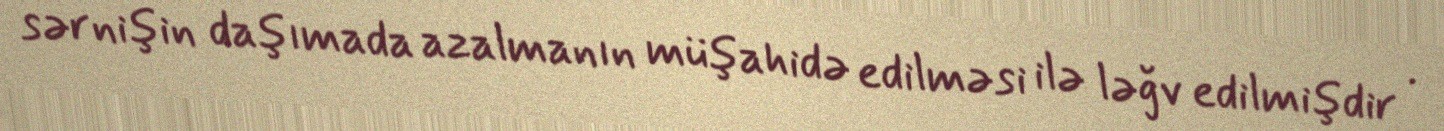
sərnişin daşımada azalmanın müşahidə edilməsi ilə ləğv edilmişdir .